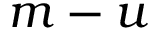
m - u